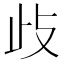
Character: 𭭛